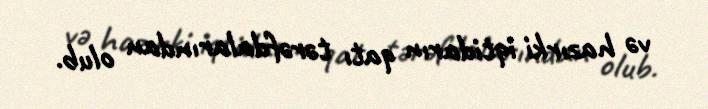
və hazırki iqtidarın qatı tərəfdalarından olub.